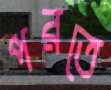
পরতে